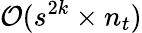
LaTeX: \mathcal{O}(s^{2k}\times n_{t})